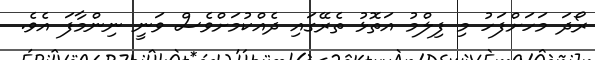
ރޯދަ މަހަށްފަހު މި ފިލްމު އަތޮޅު ތެރޭގައި ދެއްކުމަށްވެސް ވަނީ ނިންމާފަ އެވެ.